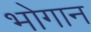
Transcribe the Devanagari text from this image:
भोगान